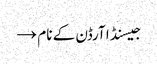
جیسنڈا آرڈن کے نام →